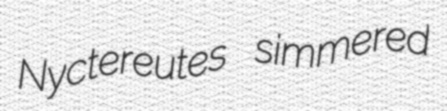
Nyctereutes simmered